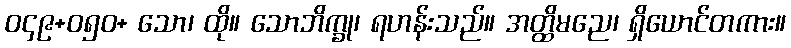
ဝ၄၉+ဝ၅၀+ သော၊ ထို။ သောဘိက္ခု၊ ရဟန်းသည်။ အတ္ထိမညေ၊ ရှိယောင်တကား။